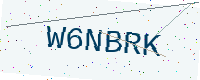
Text: W6NBRK